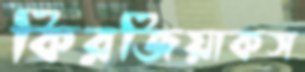
কিরজিয়াকস